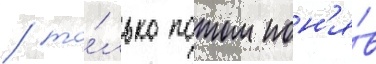
/ то́лько потом пон'я́в